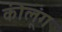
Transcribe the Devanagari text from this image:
कीलूंग